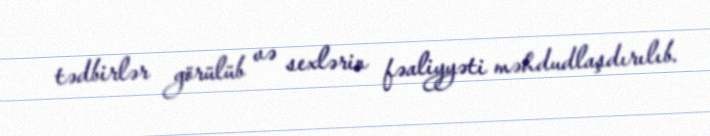
tədbirlər görülüb və sexlərin fəaliyyəti məhdudlaşdırılıb.